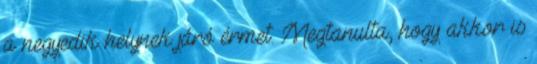
a negyedik helynek járó érmet. Megtanulta, hogy akkor is